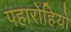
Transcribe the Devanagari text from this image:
पहारोहियों